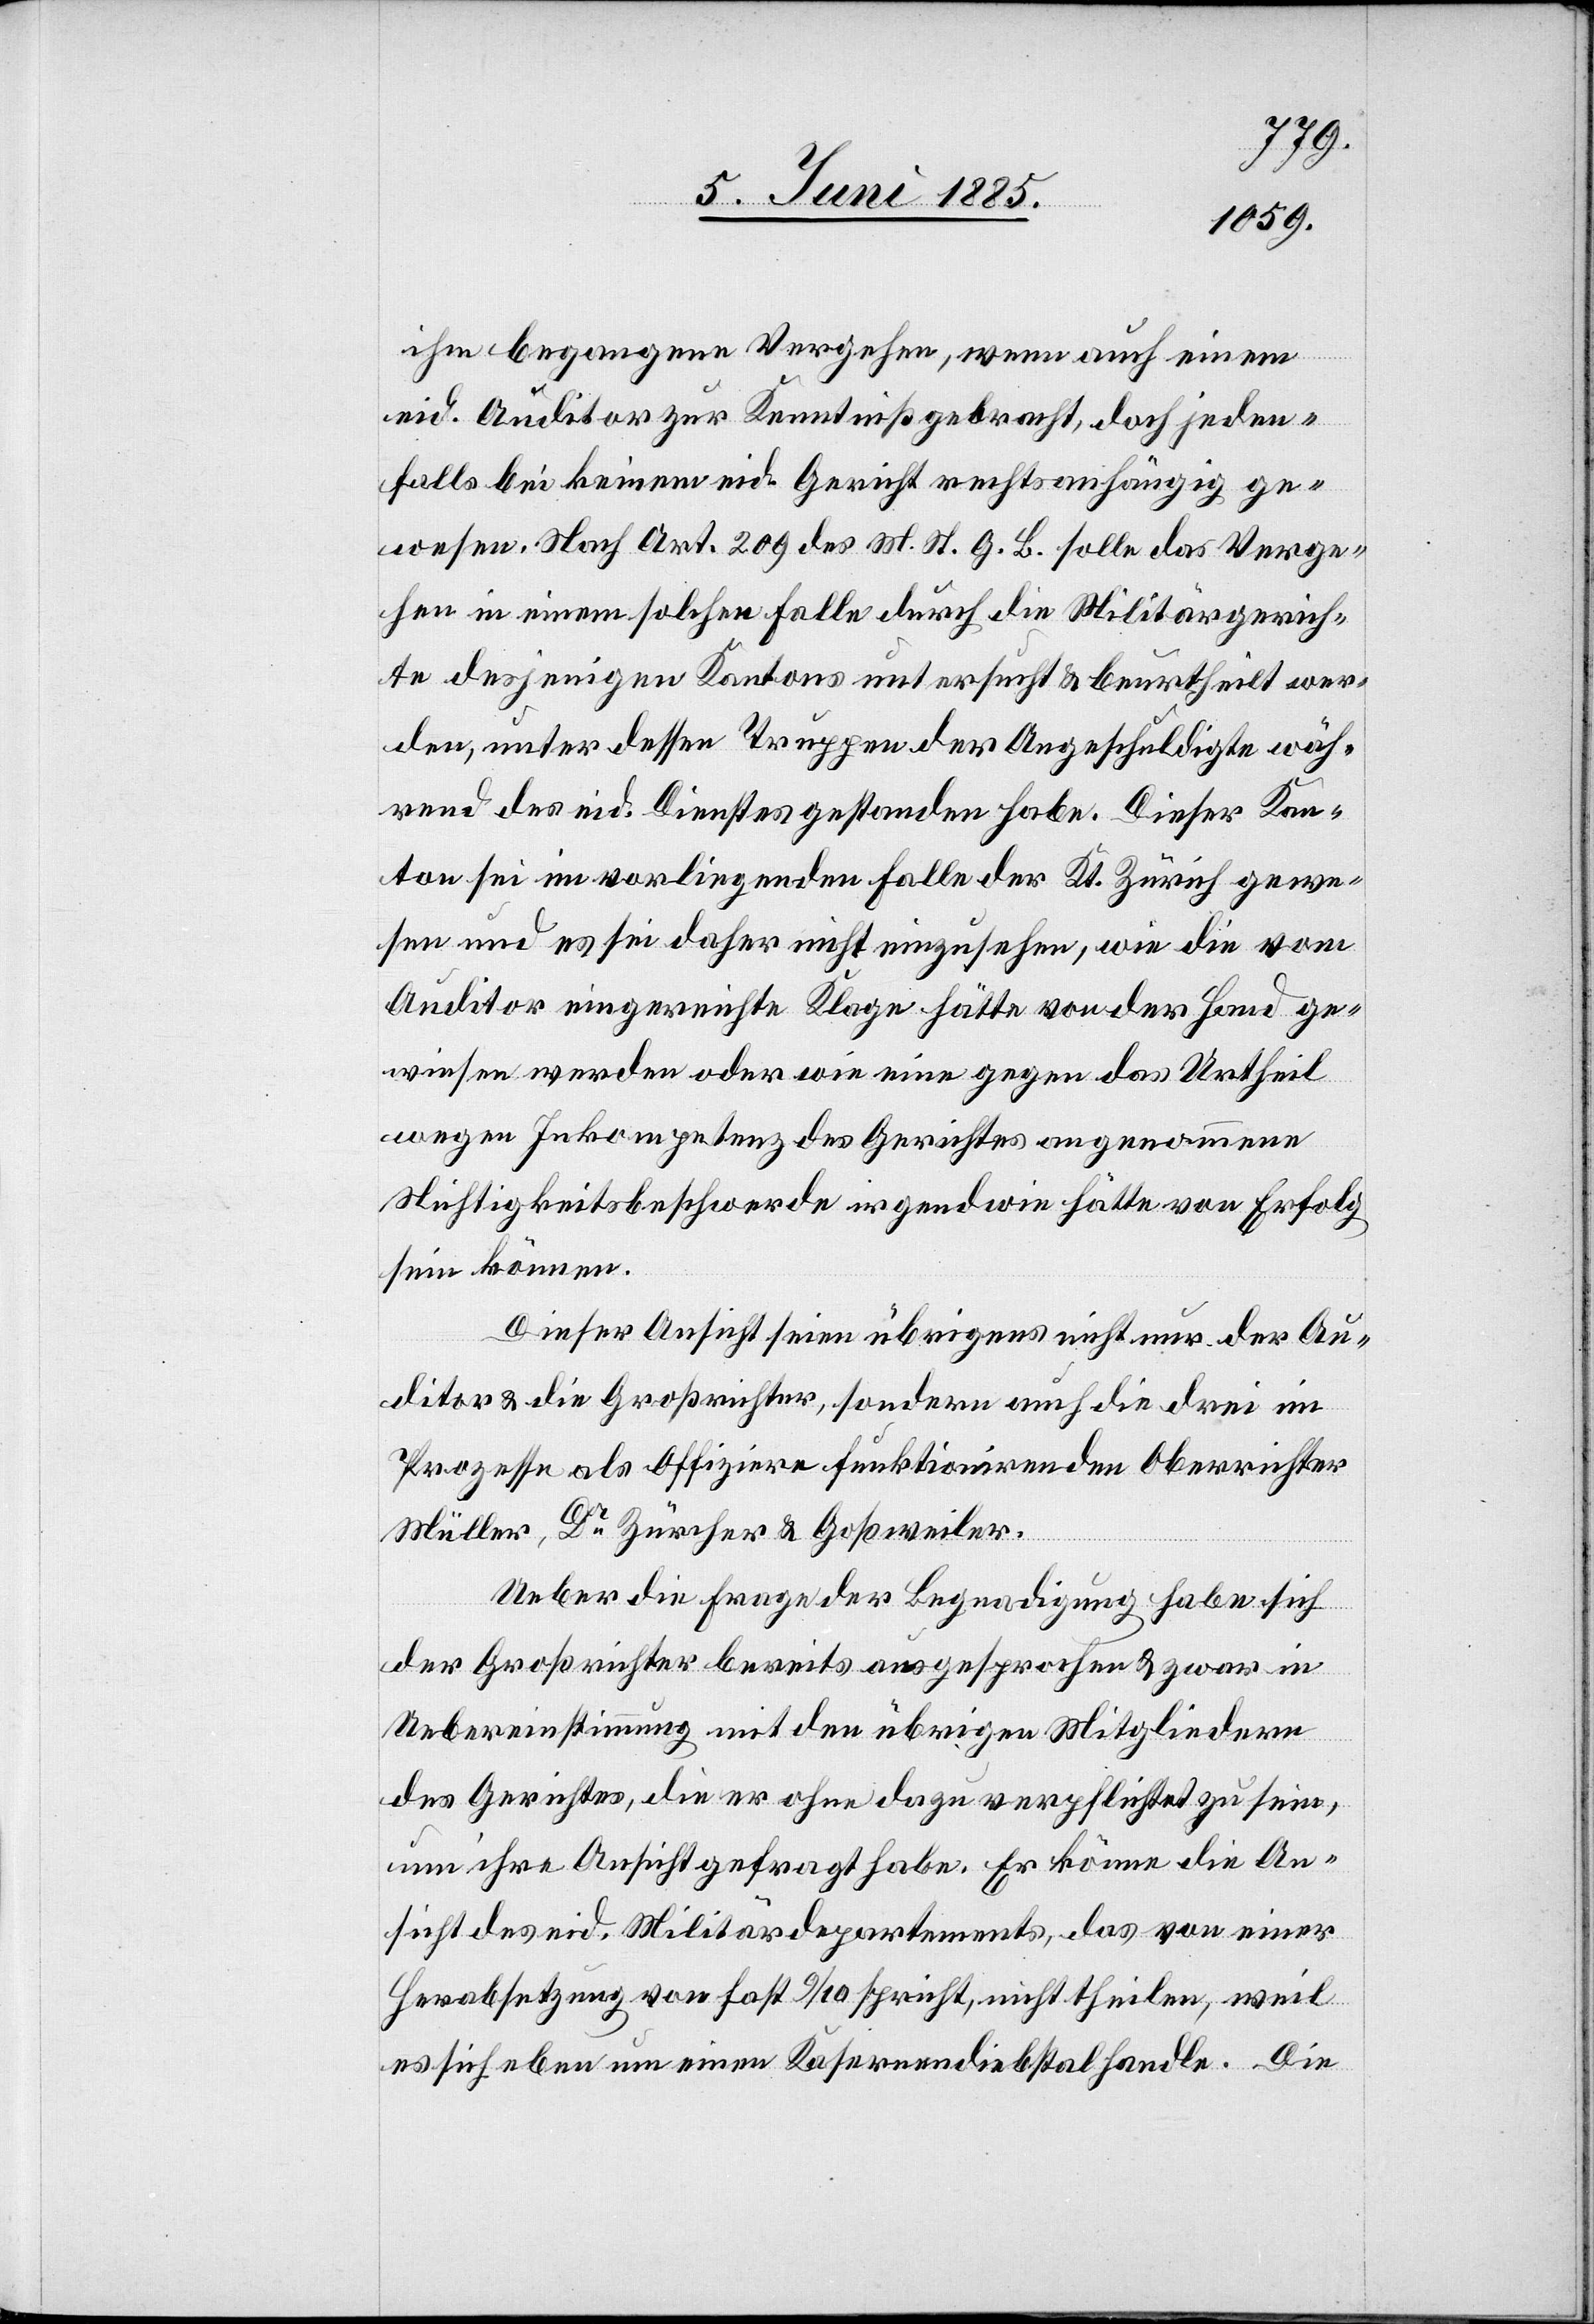
ihm begangene Vergehen, wenn auch einem
eid. Auditor zur Kenntniß gebracht, doch jeden¬
falls bei keinem eid. Gericht rechtsanhängig ge¬
wesen. Nach Art. 209 des M. St. G. B. solle das Verge¬
hen in einem solchen falle durch die Militärgerich¬
te desjenigen Kantons untersucht & beurtheilt wer¬
den, unter dessen Truppen der Angeschuldigte wäh¬
rend des eid. Dienstes gestanden habe. Dieser Kan¬
ton sei im vorliegenden Falle der Kt. Zürich gewe¬
sen und es sei daher nicht einzusehen, wie die vom
Auditor eingereichte Klage hätte von der Hand ge¬
wiesen werden oder wie eine gegen das Urtheil
wegen Inkompetenz des Gerichtes angenommene
Nichtigkeitsbeschwerde irgendwie hätte von Erfolg
sein können.
Dieser Ansicht seien übrigens nicht nur der Au¬
ditor & die Großrichter, sondern auch die drei im
Prozesse als Offiziere funktionierenden Oberrichter
Müller, Dr Zürcher & Goßweiler.
Ueber die Frage der Begnadigung habe sich
der Großrichter bereits ausgesprochen & zwar in
Uebereinstimmung mit den übrigen Mitgliedern
des Gerichtes, die er ohne dazu verpflichtet zu sein,
um ihre Ansicht gefragt habe. Er könne die An¬
sicht des eid. Militärdepartements, das von einer
Herabsetzung von fast 9/10 spricht, nicht theilen, weil
es sich eben um einen Kasernendiebstal handle. Die